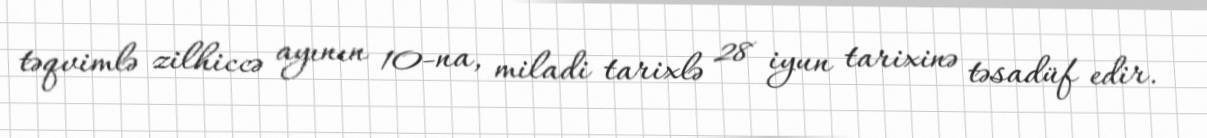
təqvimlə zilhiccə ayının 10-na, miladi tarixlə 28 iyun tarixinə təsadüf edir.